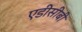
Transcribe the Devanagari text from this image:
एडीसीबी